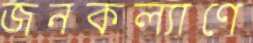
জনকল্যাণে